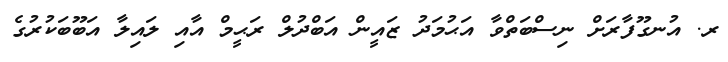
ރ. އުނގޫފާރަށް ނިސްބަތްވާ އަޙުމަދު ޒައީން އަބްދުލް ރަޙީމް އާއި ލައިލާ އަބޫބަކުރުގެ